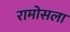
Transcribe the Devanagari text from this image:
रामोसला